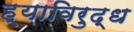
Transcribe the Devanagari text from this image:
ह्याविरुद्ध